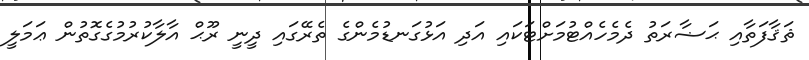
ޘަޤާފަތާއި ޙަޟާރަތު ދެމެހެއްޓުމަށްޓަކައި އަދި އަޅުގަނޑުމެންގެ ތެރޭގައި ދީނީ ރޫޙް އާލާކުރުމުގެގޮތުން ޢަމަލީ